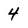
Character: 4